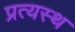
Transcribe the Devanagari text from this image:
प्रत्यस्थ